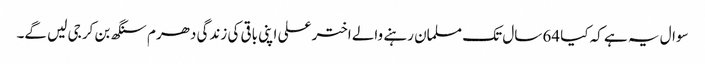
سوال یہ ہے کہ کیا 64 سال تک مسلمان رہنے والے اختر علی اپنی باقی کی زندگی دھرم سنگھ بن کر جی لیں گے۔